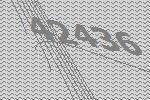
42436